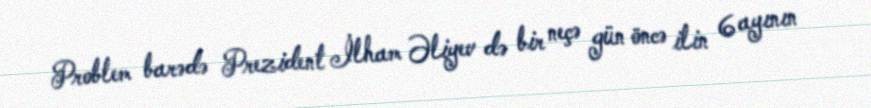
Problem barədə Prezident İlham Əliyev də bir neçə gün öncə ilin 6 ayının